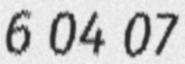
6 04 07